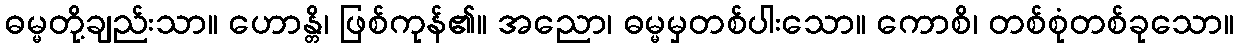
ဓမ္မတို့ချည်းသာ။ ဟောန္တိ၊ ဖြစ်ကုန်၏။ အညော၊ ဓမ္မမှတစ်ပါးသော။ ကောစိ၊ တစ်စုံတစ်ခုသော။